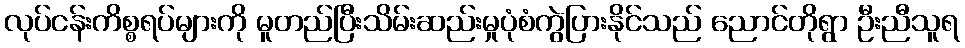
လုပ်ငန်းကိစ္စရပ်များကို မူတည်ပြီးသိမ်းဆည်းမှုပုံစံကွဲပြားနိုင်သည် ညောင်တိုရွာ ဦးညီသူရ